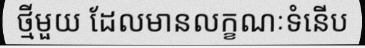
ថ្មីមួយ ដែលមានលក្ខណៈទំនើប